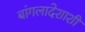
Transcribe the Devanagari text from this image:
बांगलादेशाशी